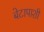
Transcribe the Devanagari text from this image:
बेटापाशी